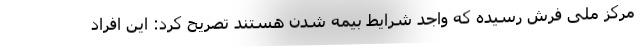
مرکز ملی فرش رسیده که واجد شرایط بیمه شدن هستند تصریح کرد: این افراد